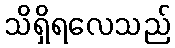
သိရှိရလေသည်